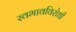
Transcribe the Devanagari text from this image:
स्वभावविरोधी